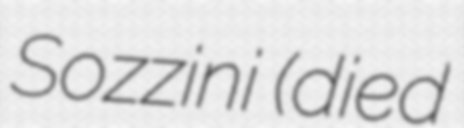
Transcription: Sozzini (died